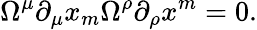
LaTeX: \Omega^{\mu}\partial_{\mu}x_{m}\Omega^{\rho}\partial_{\rho}x^{m}=0.